system: You are a helpful assistant.
user:
Analyze the provided spectrum to determine if it is a **"Cataclysmic Variables (CV)"**.

- **Key Indicators for CV (Check for either state):**
    - **State 1: Quiescent / Low-State (Emission-Dominated)**
        - **(Primary):** Strong and *very broad* Hydrogen Balmer emission lines (e.g., $H\alpha$ at 6563 Å, $H\beta$ at 4861 Å). The 'broadness' (high velocity dispersion, often FWHM > 1000 km/s) is the key diagnostic, indicating a high-velocity accretion disk.
        - **(Secondary):** Broad neutral Helium (He I) emission lines (e.g., 5876 Å, 6678 Å).
        - **(Key Confirmation):** Presence of high-excitation *ionized* Helium (He II) emission at 4686 Å. This is a strong indicator of accretion onto a white dwarf.
        - **(Line Profile):** Emission lines may exhibit a 'double-peaked' profile, which is a classic signature of a rotating accretion disk viewed at high inclination.

    - **State 2: Outburst / High-State (Absorption-Dominated)**
        - **(Primary):** Spectrum is dominated by a bright, blue continuum (looks like a hot star).
        - **(Secondary):** The emission lines from State 1 are weak, absent, or 'filled in', and are replaced by broad, shallow *absorption* lines (primarily Balmer and He I).
        - **(Morphology):** The overall spectrum mimics a hot B/A-type star. The crucial difference is that the absorption lines are significantly broader, shallower, and more 'washed-out' (or 'smeared') than the sharp lines of a normal stellar photosphere, due to high rotational speeds and pressure broadening in the disk.

Think first, call **spectral_visualization_tool** if needed to examine features in detail, then provide your final answer. Your response must adhere to the following strict rules:
1.  **Overall Structure:** Your response must follow the format `<think>...</think> <tool_call>...</tool_call> (if a tool is used) <answer>...</answer>`.
2.  **Tool Usage Constraint:** You may only make **one** tool call per turn.
3.  **Final Answer Format:** In the `<answer>` tag, your conclusion must be inside a `\boxed{}` command (e.g., `\boxed{YES}`), followed by your justification.

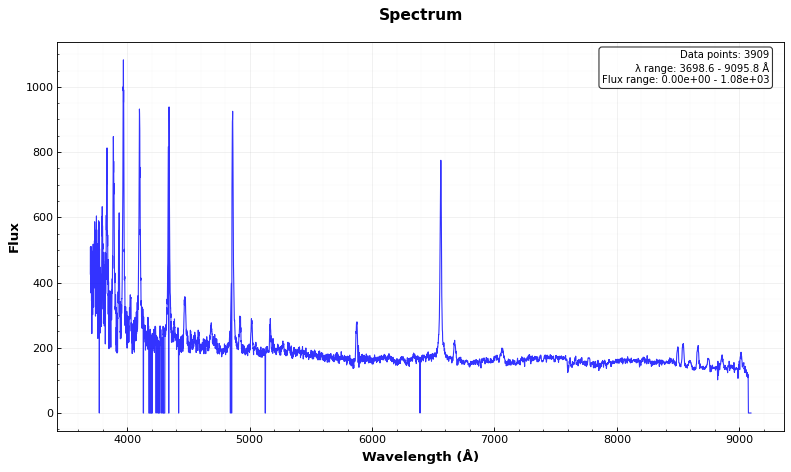
Answer: YES